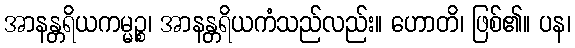
အာနန္တရိယကမ္မဉ္စ၊ အာနန္တရိယကံသည်လည်း။ ဟောတိ၊ ဖြစ်၏။ ပန၊